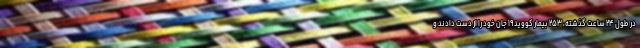
در طول ۲۴ ساعت گذشته، ۲۵۳ بیمار کووید۱۹ جان خود را از دست دادند و